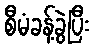
စီမံခန့်ခွဲပြီး